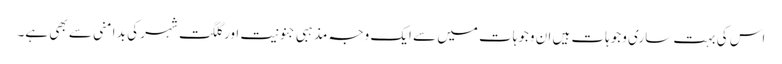
اس کی بہت ساری وجوہات ہیں ان وجوہات میں سے ایک وجہ مذہبی جنونیت اور گلگت شہر کی بد امنی سے بھی ہے۔